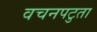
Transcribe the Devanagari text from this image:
वचनपटुता